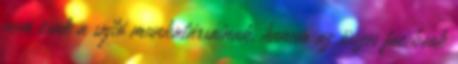
nem csak a sajtó munkatársainak, hanem az összes facebook